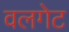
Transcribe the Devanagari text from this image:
वलगेट